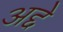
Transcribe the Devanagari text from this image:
अद्दे